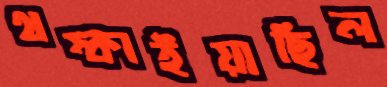
থম্‌কাইয়াছিল